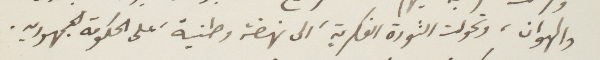
والهوان، وتحولت الثورة الفكرية، إلى نهضة وطنية على الحكومة الجمهورية.